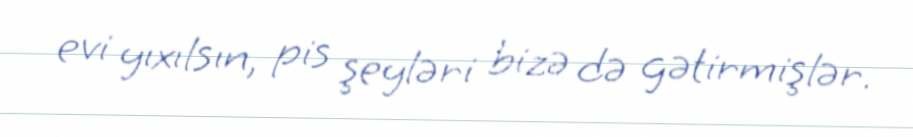
evi yıxılsın, pis şeyləri bizə də gətirmişlər.